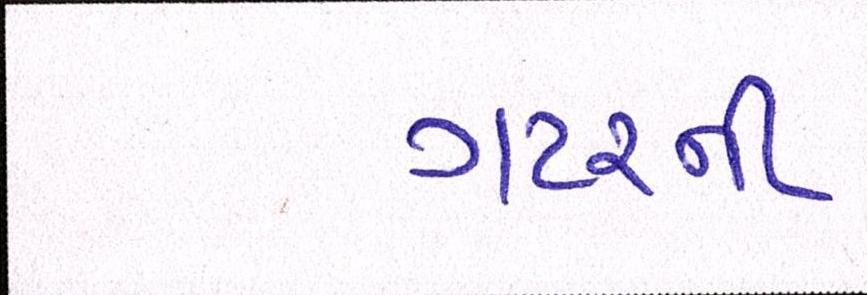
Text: ગટરની